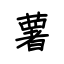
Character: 薯